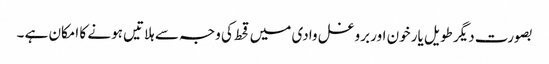
بصورت دیگر طویل یار خون اور بروغل وادی میں قحط کی وجہ سے ہلاتیں ہونے کا امکان ہے ۔